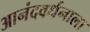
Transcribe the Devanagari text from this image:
आनंदवर्धनाला